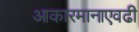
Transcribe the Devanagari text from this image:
आकारमानाएवढी